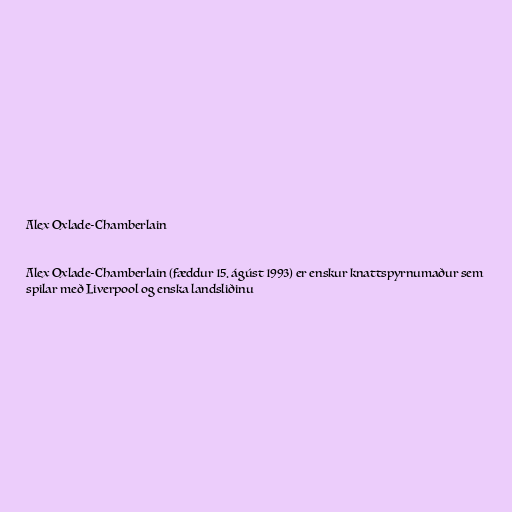
Alex Oxlade-Chamberlain

Alex Oxlade-Chamberlain (fæddur 15. ágúst 1993) er enskur knattspyrnumaður sem
spilar með Liverpool og enska landsliðinu